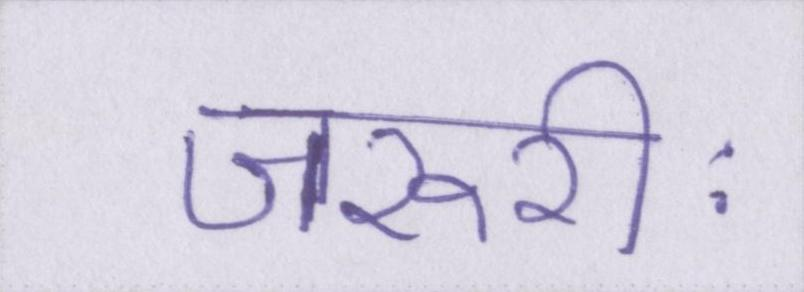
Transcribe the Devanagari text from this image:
जरूरीः